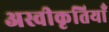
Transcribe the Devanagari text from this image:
अस्वीकृतियाँ